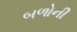
બળોની